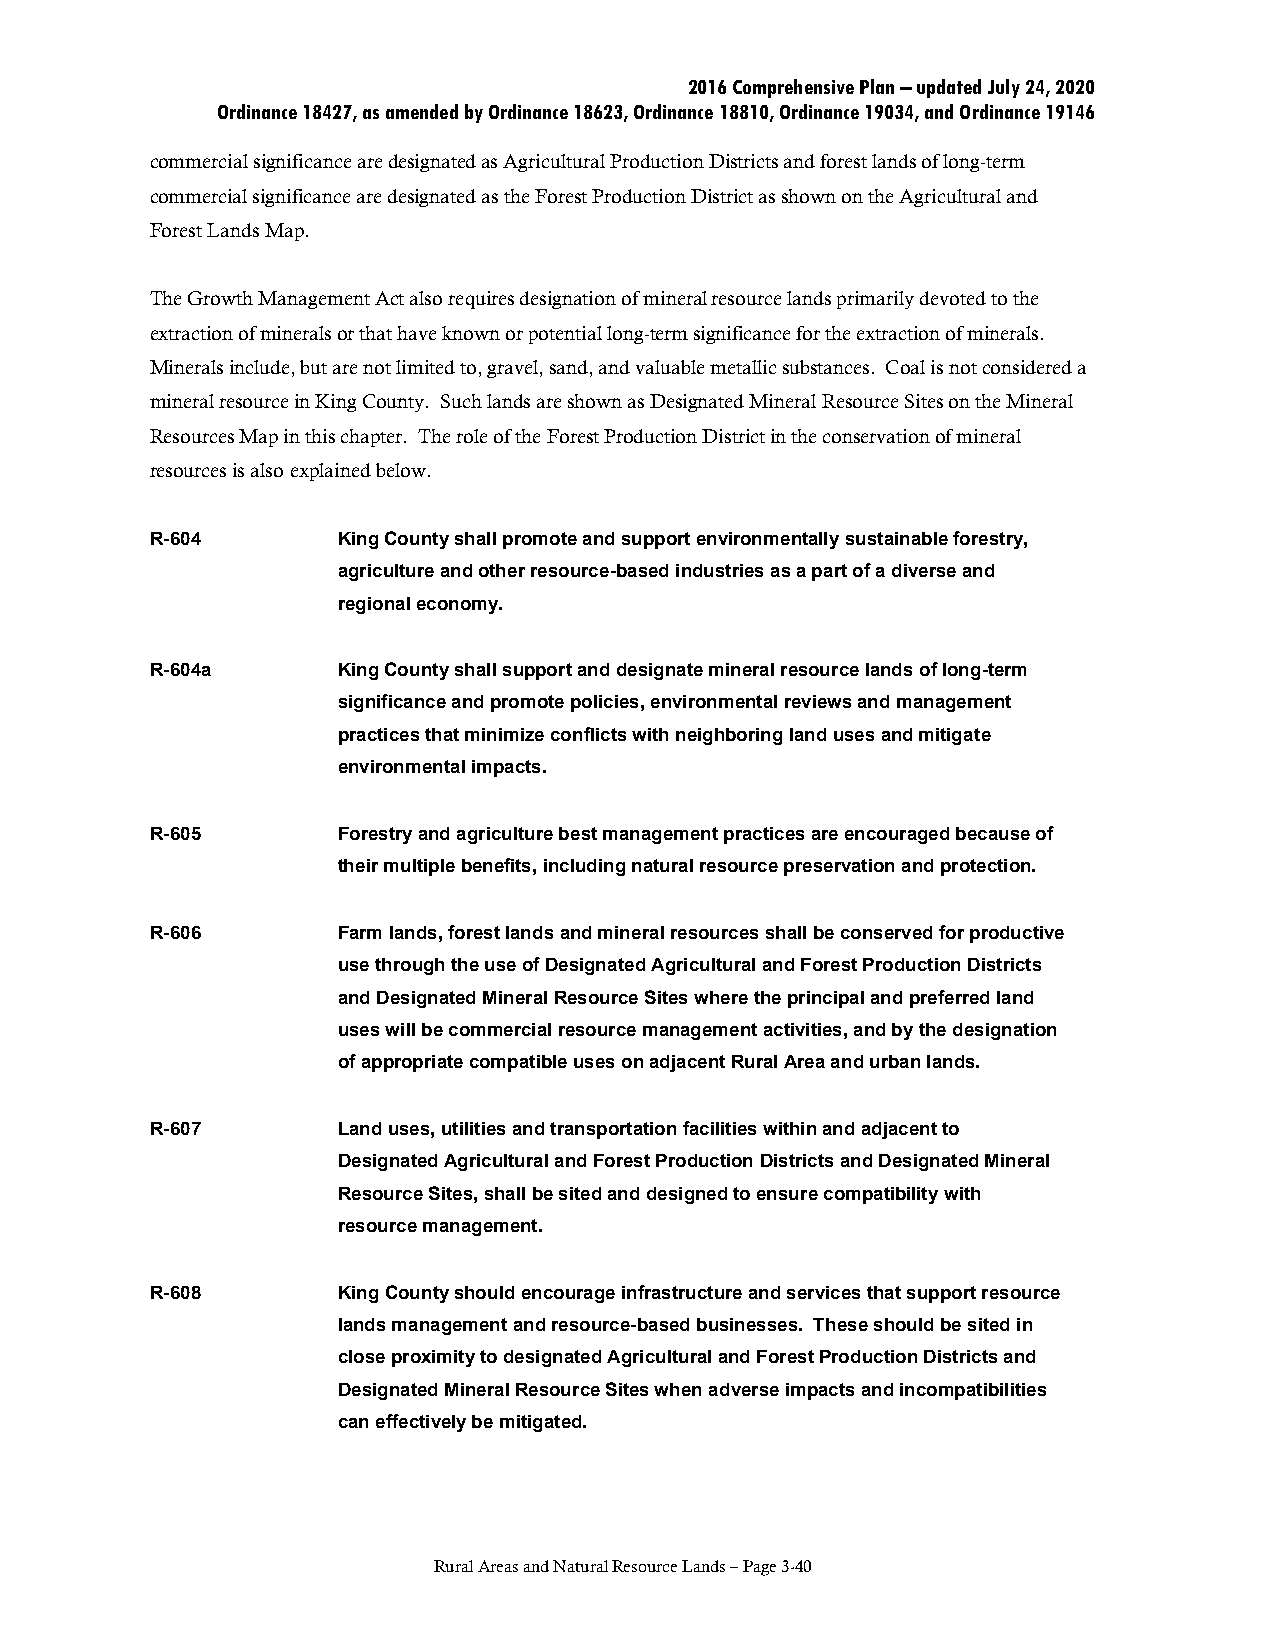
2016 Comprehensive Plan – updated July 24, 2020
 Ordinance 18427, as amended by Ordinance 18623, Ordinance 18810, Ordinance 19034, and Ordinance 19146
 commercial significance are designated as Agricultural Production Districts and forest lands of long-term
 commercial significance are designated as the Forest Production District as shown on the Agricultural and
 Forest Lands Map.
 The Growth Management Act also requires designation of mineral resource lands primarily devoted to the
 extraction of minerals or that have known or potential long-term significance for the extraction of minerals.
 Minerals include, but are not limited to, gravel, sand, and valuable metallic substances. Coal is not considered a
 mineral resource in King County. Such lands are shown as Designated Mineral Resource Sites on the Mineral
 Resources Map in this chapter. The role of the Forest Production District in the conservation of mineral
 resources is also explained below.
 R-604       King County shall promote and support environmentally sustainable forestry,
 agriculture and other resource-based industries as a part of a diverse and
 regional economy.
 R-604a      King County shall support and designate mineral resource lands of long-term
 significance and promote policies, environmental reviews and management
 practices that minimize conflicts with neighboring land uses and mitigate
 environmental impacts.
 R-605       Forestry and agriculture best management practices are encouraged because of
 their multiple benefits, including natural resource preservation and protection.
 R-606       Farm lands, forest lands and mineral resources shall be conserved for productive
 use through the use of Designated Agricultural and Forest Production Districts
 and Designated Mineral Resource Sites where the principal and preferred land
 uses will be commercial resource management activities, and by the designation
 of appropriate compatible uses on adjacent Rural Area and urban lands.
 R-607       Land uses, utilities and transportation facilities within and adjacent to
 Designated Agricultural and Forest Production Districts and Designated Mineral
 Resource Sites, shall be sited and designed to ensure compatibility with
 resource management.
 R-608       King County should encourage infrastructure and services that support resource
 lands management and resource-based businesses. These should be sited in
 close proximity to designated Agricultural and Forest Production Districts and
 Designated Mineral Resource Sites when adverse impacts and incompatibilities
 can effectively be mitigated.
 Rural Areas and Natural Resource Lands – Page 3-40